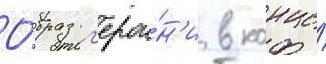
О́браз г'ерои́н'и в конце́